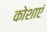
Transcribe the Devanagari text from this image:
कोशाएं